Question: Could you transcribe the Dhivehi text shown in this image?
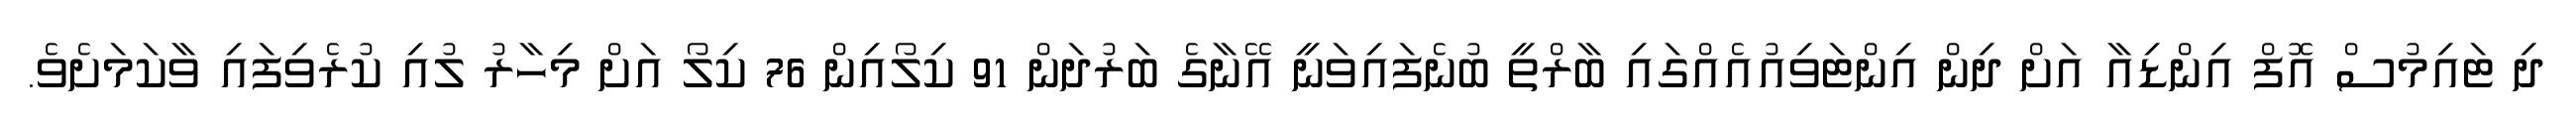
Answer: ދި ޓައިމުސް އޮފް އިންޑިއާ އަށް ދިން އިންޓަވިއުއެއްގައި ބާރްތީ ބުނެފައިވަނީ އޭނާގެ ބަރުދަން 91 ކިލޯއިން 76 ކިލޯ އަށް މިހާރު ލުއި ކުރެވިފައި ވާކަމަށެވެ.